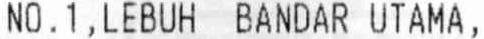
NO.1,LEBUH BANDAR UTAMA,